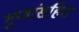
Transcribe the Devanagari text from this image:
गुणांसहित